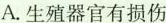
A.生殖器官有损伤